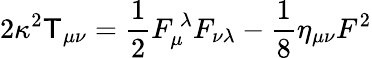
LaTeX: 2\kappa^{2}\mathsf{T}_{\mu\nu}=\frac{{1}}{{2}}F_{\mu}^{\ \lambda}F_{\nu\lambda}-\frac{{1}}{{8}}\eta_{\mu\nu}F^{2}